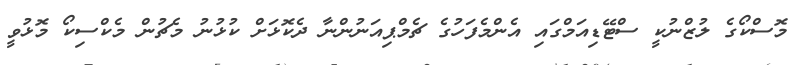
މޮސްކޯގެ ލުޒްނުކީ ސްޓޭޑިއަމްގައި އެންމެފަހުގެ ޗެމްޕިއަނުންނާ ދެކޮޅަށް ކުޅުނު މެޗުން މެކްސިކޯ މޮޅުވީ